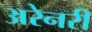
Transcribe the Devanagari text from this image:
अरेनरी